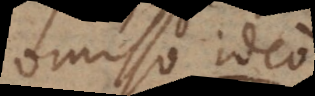
omisso ideo,